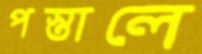
পস্তালে